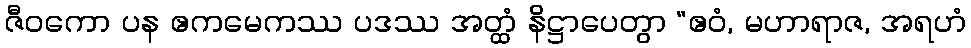
ဇီဝကော ပန ဧကမေကဿ ပဒဿ အတ္ထံ နိဋ္ဌာပေတွာ “ဧဝံ, မဟာရာဇ, အရဟံ